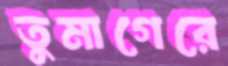
তুমাগেরে